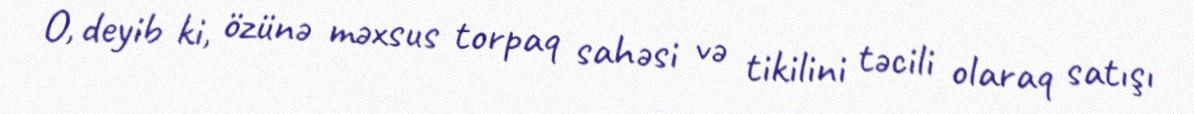
O, deyib ki, özünə məxsus torpaq sahəsi və tikilini təcili olaraq satışı